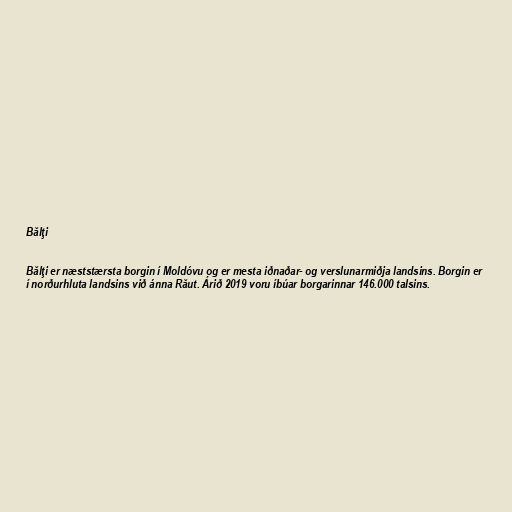
Bălţi

Bălţi er næststærsta borgin í Moldóvu og er mesta iðnaðar- og verslunarmiðja landsins. Borgin er
í norðurhluta landsins við ánna Răut. Árið 2019 voru íbúar borgarinnar 146.000 talsins.